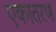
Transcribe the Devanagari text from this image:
एकातरण